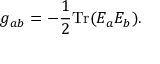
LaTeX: g _ { a b } = - { \frac { 1 } { 2 } } \mathrm { T r } ( E _ { a } E _ { b } ) .